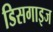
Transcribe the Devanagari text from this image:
डिसगाइज